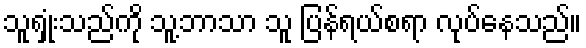
သူရှုံးသည်ကို သူ့ဘာသာ သူ ပြန်ရယ်စရာ လုပ်နေသည်။